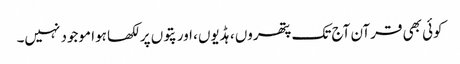
کوئی بھی قرآن آج تک پتھروں ، ہڈیوں، اور پتوں پر لکھا ہوا موجود نہیں۔